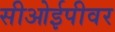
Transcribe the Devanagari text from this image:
सीओईपीवर